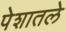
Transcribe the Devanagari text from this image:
पेशातले